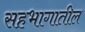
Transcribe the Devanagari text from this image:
सहभागातील